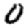
Digit: 0